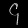
Digit: ၄